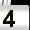
Digit: 4